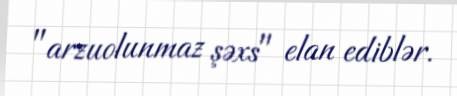
"arzuolunmaz şəxs" elan ediblər.